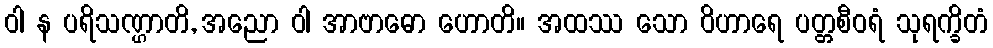
ဝါ န ပရိသဏ္ဌာတိ, အညော ဝါ အာဗာဓော ဟောတိ။ အထဿ သော ဝိဟာရေ ပတ္တစီဝရံ သုရက္ခိတံ